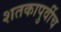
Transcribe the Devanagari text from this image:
शतकापुर्वीच